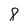
Character: 8